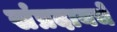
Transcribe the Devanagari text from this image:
संप्रदायचे